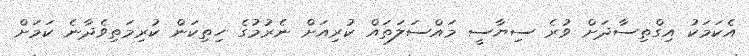
އެކަމަކު އިގްތިސާދަށް ވުރެ ސިޔާސީ މައްސަލަތައް ކުރިއަށް ނެރުމުގެ ހިތިކަން ކުރިމަތިވެދާނެ ކަމަށް